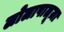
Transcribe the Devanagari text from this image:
लोलापालूज़ा